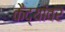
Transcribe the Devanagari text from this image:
कैद्यांवर